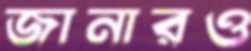
জানারও